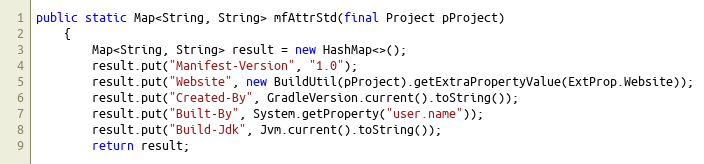
Language: Java
public static Map<String, String> mfAttrStd(final Project pProject)
    {
        Map<String, String> result = new HashMap<>();
        result.put("Manifest-Version", "1.0");
        result.put("Website", new BuildUtil(pProject).getExtraPropertyValue(ExtProp.Website));
        result.put("Created-By", GradleVersion.current().toString());
        result.put("Built-By", System.getProperty("user.name"));
        result.put("Build-Jdk", Jvm.current().toString());
        return result;